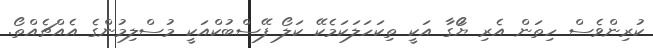
ކުރިންވެސް ހިތަން އެރި ޔަޯޯގާަ އަކީ ތިކަހަލަކަމެކޭ ކަލޯ ފޭސްބުކްއަކީ މުސްލިމުންގެ އެއްޗެއްތޯ.